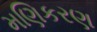
મણિકરણ